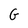
Character: G